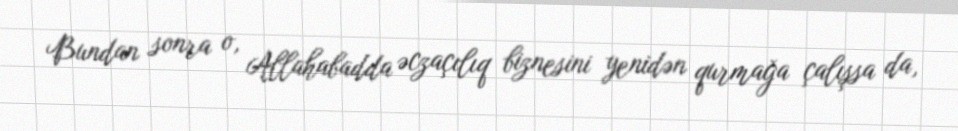
Bundan sonra o, Allahabadda əczaçılıq biznesini yenidən qurmağa çalışsa da,